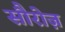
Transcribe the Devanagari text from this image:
सौरोज़